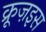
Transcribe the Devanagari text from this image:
क्रूज़इस